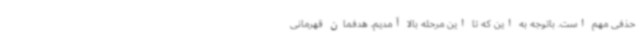
حذفی مهم است. باتوجه به این که تا این مرحله بالا آمدیم، هدفمان قهرمانی